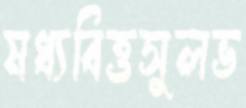
মধ্যবিত্তসুলভ